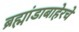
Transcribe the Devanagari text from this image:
ब्रह्मांडाबाहेरचे